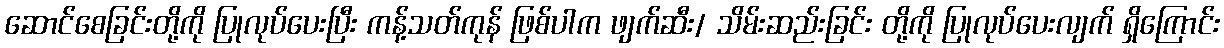
ဆောင်စေခြင်းတို့ကို ပြုလုပ်ပေးပြီး ကန့်သတ်ကုန် ဖြစ်ပါက ဖျက်ဆီး/ သိမ်းဆည်းခြင်း တို့ကို ပြုလုပ်ပေးလျက် ရှိကြောင်း